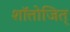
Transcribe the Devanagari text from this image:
शॉत्तोजित्